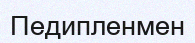
Педипленмен